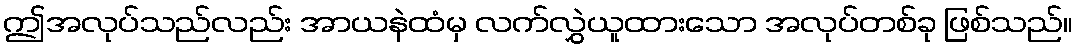
ဤအလုပ်သည်လည်း အာယနဲထံမှ လက်လွှဲယူထားသော အလုပ်တစ်ခု ဖြစ်သည်။